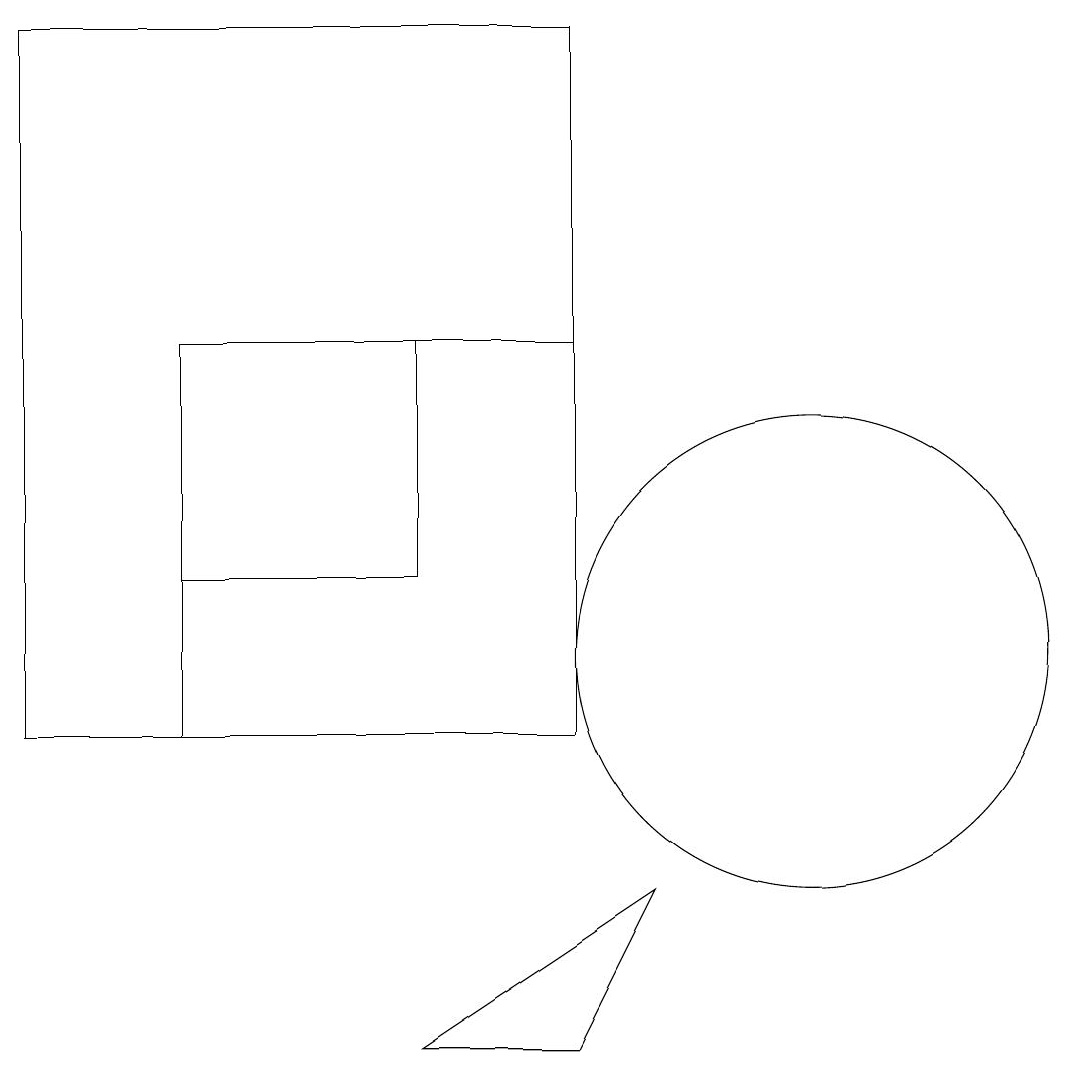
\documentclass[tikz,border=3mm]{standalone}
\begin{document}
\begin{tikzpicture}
\draw (10,11) circle (3);
\draw (5,6) -- (8,8) -- (7,6) -- cycle;
\draw (2,15) rectangle (7,10);
\draw (0,10) rectangle (7,19);
\draw (5,12) rectangle (2,15);
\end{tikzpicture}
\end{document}